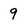
Character: 9